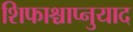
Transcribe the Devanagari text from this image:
शिफाश्चाप्नुयाद